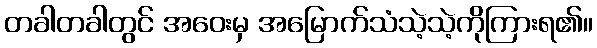
တခါတခါတွင် အဝေးမှ အမြောက်သံသဲ့သဲ့ကိုကြားရ၏။